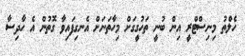
ހެލްތު މިނިސްޓްރީ އިން ބުނީ ތަހުގީގަށް މިހާތަނަށް އެނގިފައިވާ ގޮތުން އެ ހާދިސާ